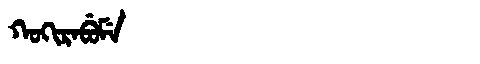
Manchu: ᡴᠣᡴᡳᡵᠠᠪᡠᠮᡝ
Romanization: KOKIRABUME